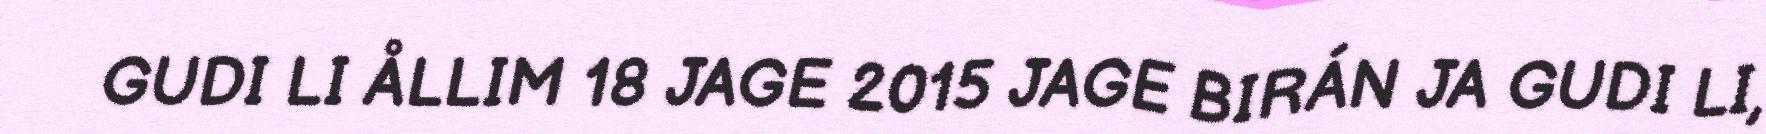
GUDI LI ÅLLIM 18 JAGE 2015 JAGE BIRÁN JA GUDI LI,